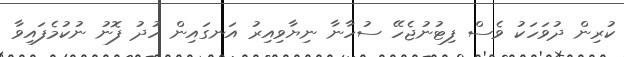
ކުރިން ދުވަހަކު ވެސް ފިޓުނުޖެހޭ ސުހާނާ ނިޔާވިއިރު އަނގައިން ހުދު ފޮނު ނުކުމެފައިވާ